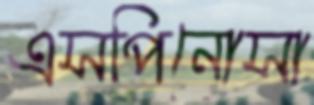
এসপিনোসা